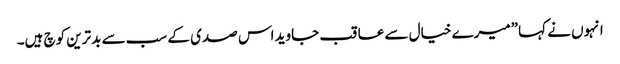
انہوں نے کہا ”میرے خیال سے عاقب جاوید اس صدی کے سب سے بدترین کوچ ہیں۔